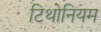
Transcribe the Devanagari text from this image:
टिथोनियम